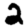
Digit: 2